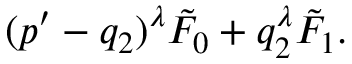
( p ^ { \prime } - q _ { 2 } ) ^ { \lambda } \tilde { F } _ { 0 } + q _ { 2 } ^ { \lambda } \tilde { F } _ { 1 } .